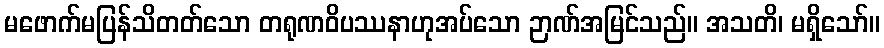
မဖောက်မပြန်သိတတ်သော တရုဏဝိပဿနာဟုအပ်သော ဉာဏ်အမြင်သည်။ အသတိ၊ မရှိသော်။